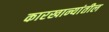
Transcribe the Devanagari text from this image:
कारखान्यांतील